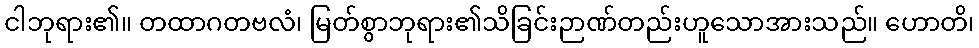
ငါဘုရား၏။ တထာဂတဗလံ၊ မြတ်စွာဘုရား၏သိခြင်းဉာဏ်တည်းဟူသောအားသည်။ ဟောတိ၊